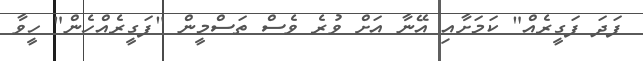
ފަދަ ފަގީރެއް" ކަމަށާއި އޭނާ އަށް ވުރެ ވެސް ތަސްމީން "ފަގީރެއްހެން" ހީވާ